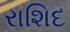
રાશિદ